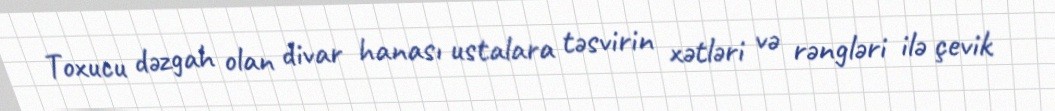
Toxucu dəzgah olan divar hanası ustalara təsvirin xətləri və rəngləri ilə çevik